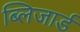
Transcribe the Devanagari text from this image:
ब्लिजार्ड